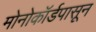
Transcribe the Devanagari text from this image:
मोनोकॉर्डपासून